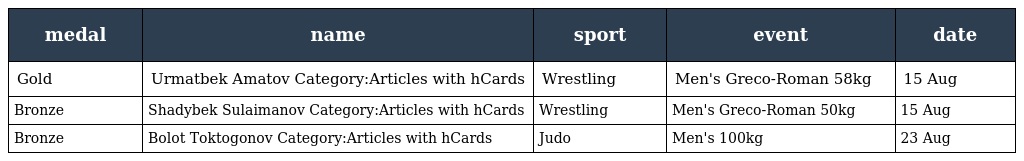
| medal | name | sport | event | date |
 | --- | --- | --- | --- | --- |
 | Gold | Urmatbek Amatov Category:Articles with hCards | Wrestling | Men's Greco-Roman 58kg | 15 Aug |
 | Bronze | Shadybek Sulaimanov Category:Articles with hCards | Wrestling | Men's Greco-Roman 50kg | 15 Aug |
 | Bronze | Bolot Toktogonov Category:Articles with hCards | Judo | Men's 100kg | 23 Aug |